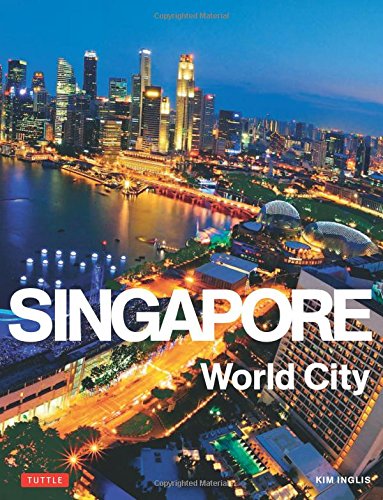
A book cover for Singapore: World City; Kim Inglis; Travel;